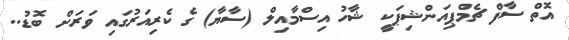
އޮތް ސާފް ޗެމްޕިއަންޝިޕަކީ ޝާހު އިސްމާއިލް (ސާޔާ) ގެ ކެރިއަރުގައި ވަރަށް ބޮޑު..